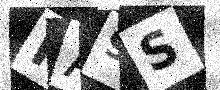
Text: PA9S